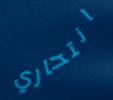
انتحاري